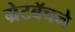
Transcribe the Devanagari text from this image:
ग्रेटबॅचने